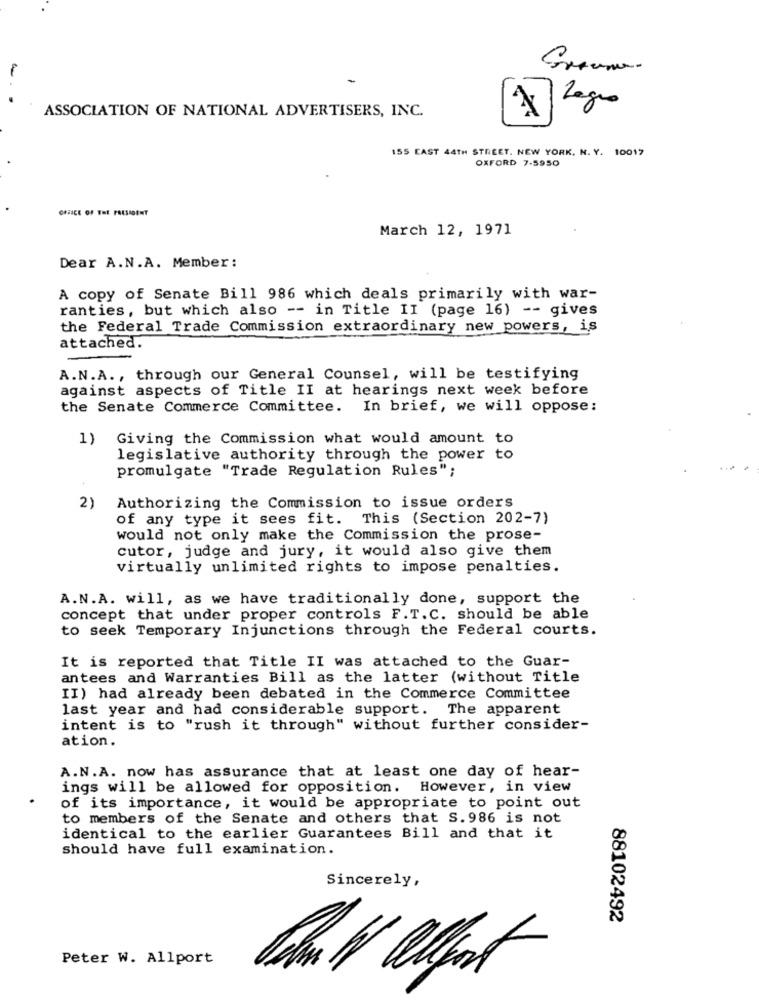
-
ASSOCIATION OF NATIONAL ADVERTISERS, INC.
Legno
155 CAST 44TH STREET. NEW YORK. N. Y. 10017
OXFORD 7-5950
OFFICE OF THE PRESIDENT
March 12, 1971
Dear A.N.A. Member:
A copy of Senate Bill 986 which deals primarily with war-
ranties, but which also -- in Title II (page 16) -- gives
the Federal Trade Commission extraordinary new powers, is
attached.
A.N.A ., through our General Counsel, will be testifying
against aspects of Title II at hearings next week before
the Senate Commerce Committee. In brief, we will oppose:
1)
Giving the Commission what would amount to
legislative authority through the power to
promulgate "Trade Regulation Rules";
2) Authorizing the Commission to issue orders
of any type it sees fit. This (Section 202-7)
would not only make the Commission the prose-
cutor, judge and jury, it would also give them
virtually unlimited rights to impose penalties.
A.N.A. will, as we have traditionally done, support the
concept that under proper controls F.T.C. should be able
to seek Temporary Injunctions through the Federal courts.
It is reported that Title II was attached to the Guar-
antees and Warranties Bill as the latter (without Title
II) had already been debated in the Commerce Committee
last year and had considerable support. The apparent
intent is to "rush it through" without further consider-
ation.
A.N.A. now has assurance that at least one day of hear-
ings will be allowed for opposition. However, in view
of its importance, it would be appropriate to point out
to members of the Senate and others that S. 986 is not
identical to the earlier Guarantees Bill and that it
should have full examination.
Sincerely,
88102492
Peter W. Allport